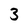
Character: 3